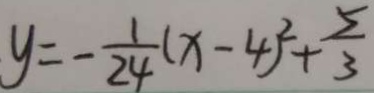
y = - \frac { 1 } { 2 4 } ( x - 4 ) ^ { 2 } + \frac { 5 } { 3 }